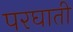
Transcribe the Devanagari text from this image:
परघाती